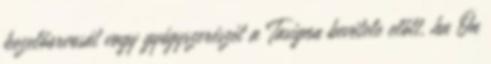
kezelőorvosát vagy gyógyszerészét a Tasigna bevétele előtt, ha Ön